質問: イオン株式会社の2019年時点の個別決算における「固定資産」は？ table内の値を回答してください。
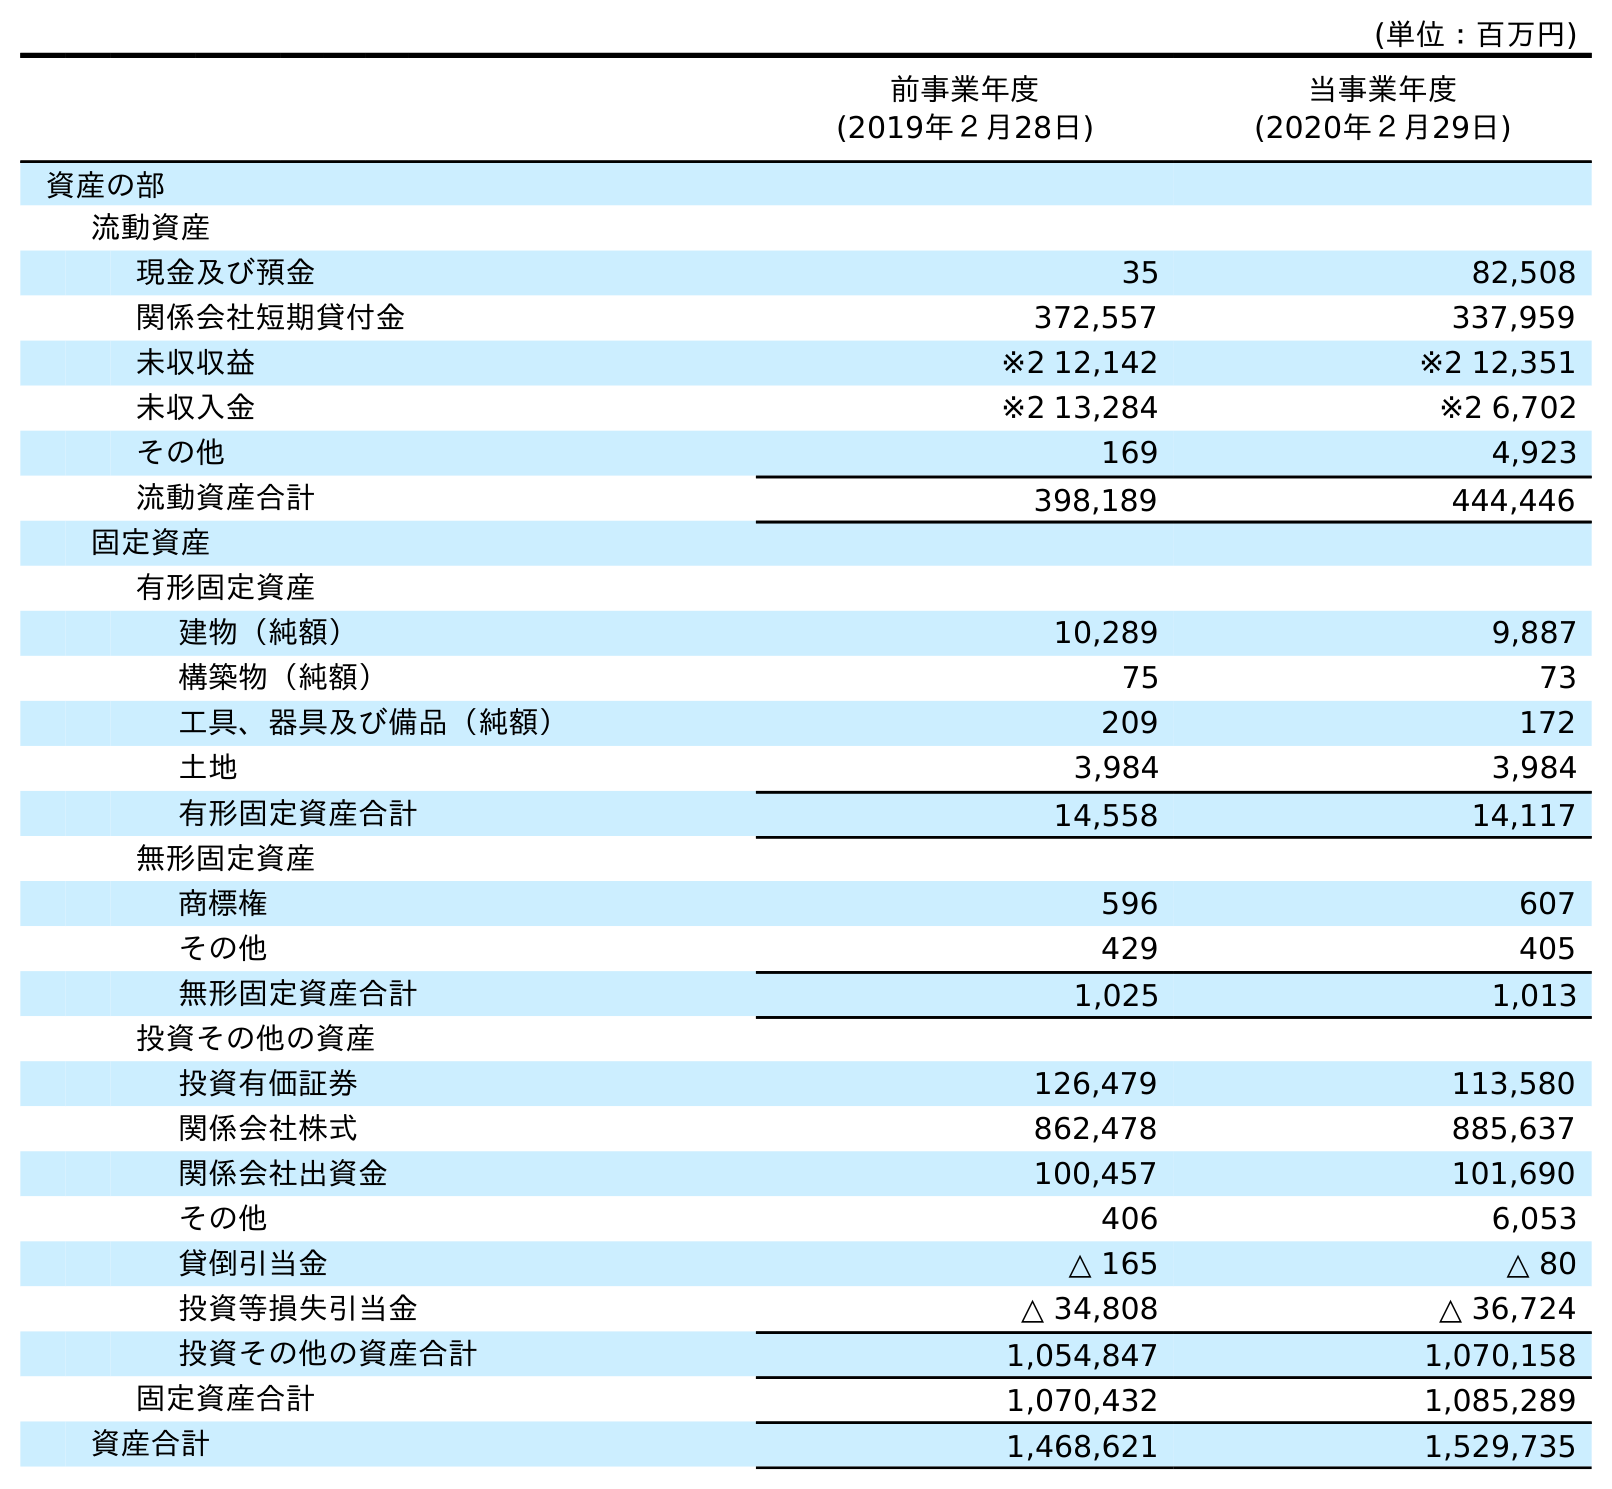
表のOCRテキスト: (単位：百万円) 前事業年度 (2019年２月28日) 当事業年度 (2020年２月29日) 資産の部 流動資産 現金及び預金 35 82,508 関係会社短期貸付金 372,557 337,959 未収収益 ※2 12,142 ※2 12,351 未収入金 ※2 13,284 ※2 6,702 その他 169 4,923 流動資産合計 398,189 444,446 固定資産 有形固定資産 建物（純額） 10,289 9,887 構築物（純額） 75 73 工具、器具及び備品（純額） 209 172 土地 3,984 3,984 有形固定資産合計 14,558 14,117 無形固定資産 商標権 596 607 その他 429 405 無形固定資産合計 1,025 1,013 投資その他の資産 投資有価証券 126,479 113,580 関係会社株式 862,478 885,637 関係会社出資金 100,457 101,690 その他 406 6,053 貸倒引当金 △ 165 △ 80 投資等損失引当金 △ 34,808 △ 36,724 投資その他の資産合計 1,054,847 1,070,158 固定資産合計 1,070,432 1,085,289 資産合計 1,468,621 1,529,735
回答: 1,070,432